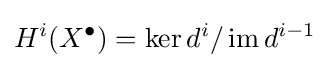
H^{i}(X^{\bullet })=\operatorname {ker} d^{i}/\operatorname {im} d^{i-1}